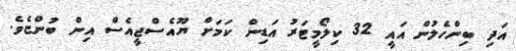
އަދި ބިންހެލުން އައީ 32 ކިލޯމީޓަރު އަޑިން ކަމަށް ޔޫއެސްޖީއެސް އިން ބުންޏެވެ.